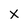
Character: x